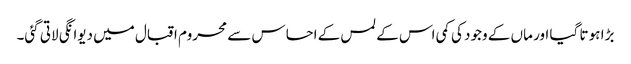
بڑا ہو تا گیا اور ماں کے وجود کی کمی اس کے لمس کے احساس سے محروم اقبال میں دیوانگی لاتی گئی۔